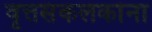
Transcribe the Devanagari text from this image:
वृत्तसंकलकांना